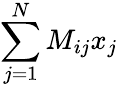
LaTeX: \sum_{j=1}^{N}M_{ij}x_{j}